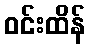
ဝင်းထိန်